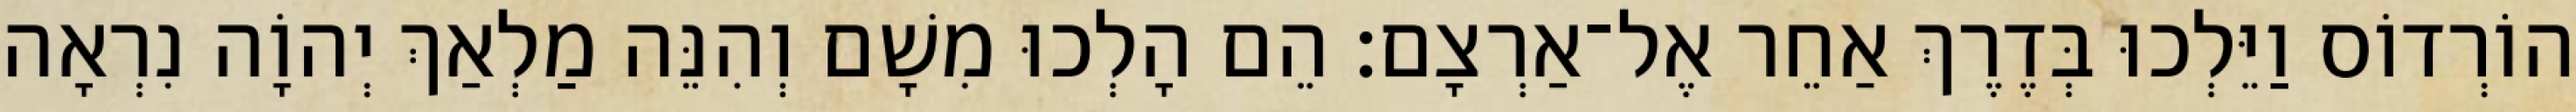
הוֹרְדוֹס וַיֵּלְכוּ בְּדֶרֶךְ אַחֵר אֶל־אַרְצָם׃ הֵם הָלְכוּ מִשָׁם וְהִנֵּה מַלְאַךְ יְהוָֹה נִרְאָה